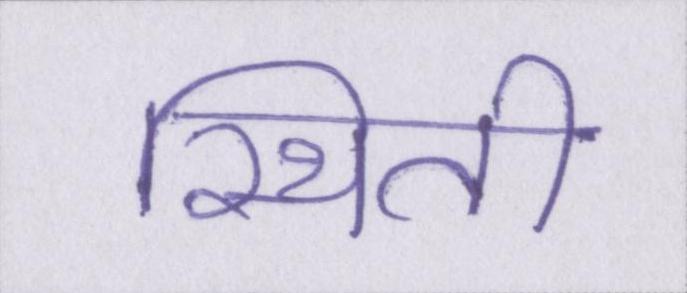
स्थिती